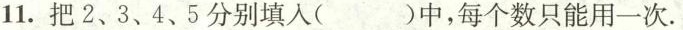
11.把2、3、4、5分别填入（）中，每个数只能用一次.